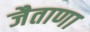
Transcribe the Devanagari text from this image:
जैताणा